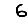
Digit: 6